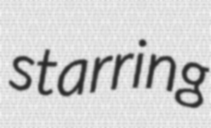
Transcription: starring